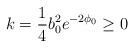
LaTeX: \begin{align*}k = \frac{1}{4}b_0^2 e^{-2\phi_0} \ge 0\end{align*}